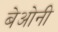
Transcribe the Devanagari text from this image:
बेओनी